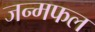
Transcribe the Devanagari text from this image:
जन्मफल